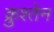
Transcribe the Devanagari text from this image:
क्रुश्तेन